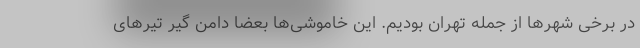
در برخی شهرها از جمله تهران بودیم. این خاموشی‌ها بعضا دامن گیر تیرهای